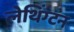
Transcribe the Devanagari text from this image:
लेथिंग्टन